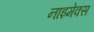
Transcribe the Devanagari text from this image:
नाइमेक्स